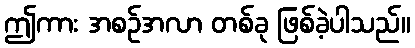
ဤကား အစဉ်အလာ တစ်ခု ဖြစ်ခဲ့ပါသည်။